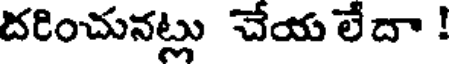
దరించునట్లు చేయ లేదా !